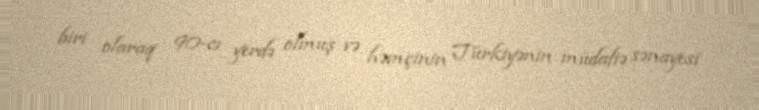
biri olaraq 90-cı yerdə olmuş və həmçinin Türkiyənin müdafiə sənayesi